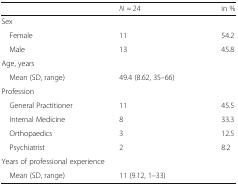
<table><thead><tr><td></td><td><b><i>N</i> = 24</b></td><td><b>in %</b></td></tr></thead><tbody><tr><td colspan="3">Sex</td></tr><tr><td> Female</td><td>11</td><td>54.2</td></tr><tr><td> Male</td><td>13</td><td>45.8</td></tr><tr><td colspan="3">Age, years</td></tr><tr><td> Mean (SD, range)</td><td>49.4 (8.62, 35–66)</td><td></td></tr><tr><td colspan="3">Profession</td></tr><tr><td> General Practitioner</td><td>11</td><td>45.5</td></tr><tr><td> Internal Medicine</td><td>8</td><td>33.3</td></tr><tr><td> Orthopaedics</td><td>3</td><td>12.5</td></tr><tr><td> Psychiatrist</td><td>2</td><td>8.2</td></tr><tr><td colspan="3">Years of professional experience</td></tr><tr><td> Mean (SD, range)</td><td>11 (9.12, 1–33)</td><td></td></tr></tbody></table>